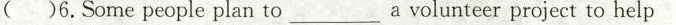
( )6.Some people plan to_a volunteer project to help